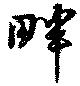
畔